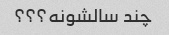
چند سالشونه؟؟؟